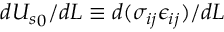
d { U _ { s } } _ { 0 } / d L \equiv { d ( \sigma _ { i j } \epsilon _ { i j } ) / d L }